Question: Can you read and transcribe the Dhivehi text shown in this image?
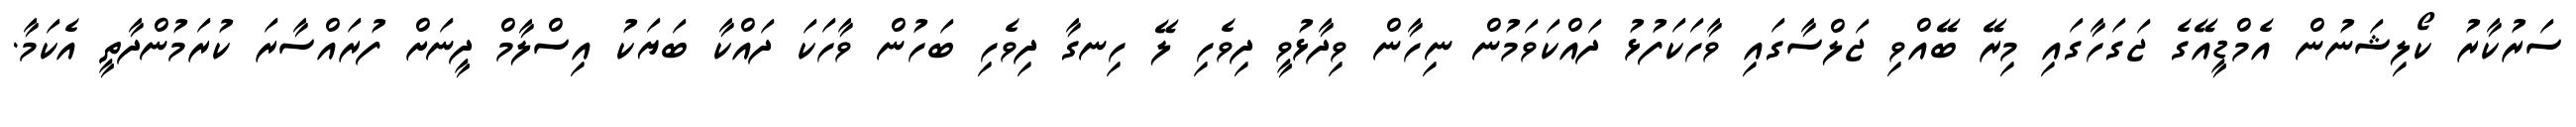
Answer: ސަރުކާރު ކޯލިޝަނުން އެމްޑީއޭގެ ޖަގަހާގައި މިރޭ ބޭއްވި ޖަލްސާގައި ވާހަކަފުޅު ދައްކަވަމުން ނިހާން ވިދާޅުވީ ދިވެހި ލޭ ހިނގާ ދިވެހި ބަހުން ވާހަކަ ދައްކާ ބަޔަކު އިސްލާމް ދީނަށް ފުރައްސާރަ ކުރަމުންދާތީ އެކަމާ.